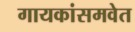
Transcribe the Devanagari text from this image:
गायकांसमवेत